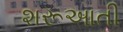
શરૂઆતી